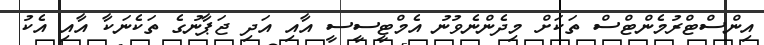
އިންސްޓްރުމެންޓްސް ތަކަށް މިދެންނެވުނު އެމްޓީސީސީ އާއި އަދި ޖަޕާނުގެ ތަކެނަކާ އާއި އެކު